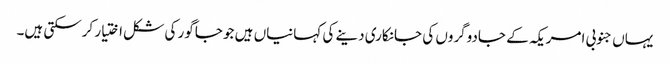
یہاں جنوبی امریکہ کے جادوگروں کی جانکاری دینے کی کہانیاں ہیں جو جاگور کی شکل اختیار کرسکتی ہیں۔